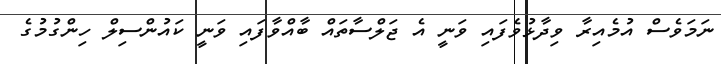
ނަމަވެސް އުމެއިރާ ވިދާޅުވެފައި ވަނީ އެ ޖަލްސާތައް ބާއްވާފައި ވަނީ ކައުންސިލް ހިންގުމުގެ